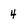
Character: 4